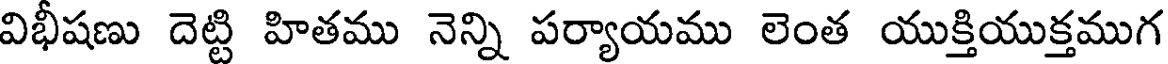
విభీషణు దెట్టి హితము నెన్ని పర్యాయము లెంత యుక్తియుక్తముగ